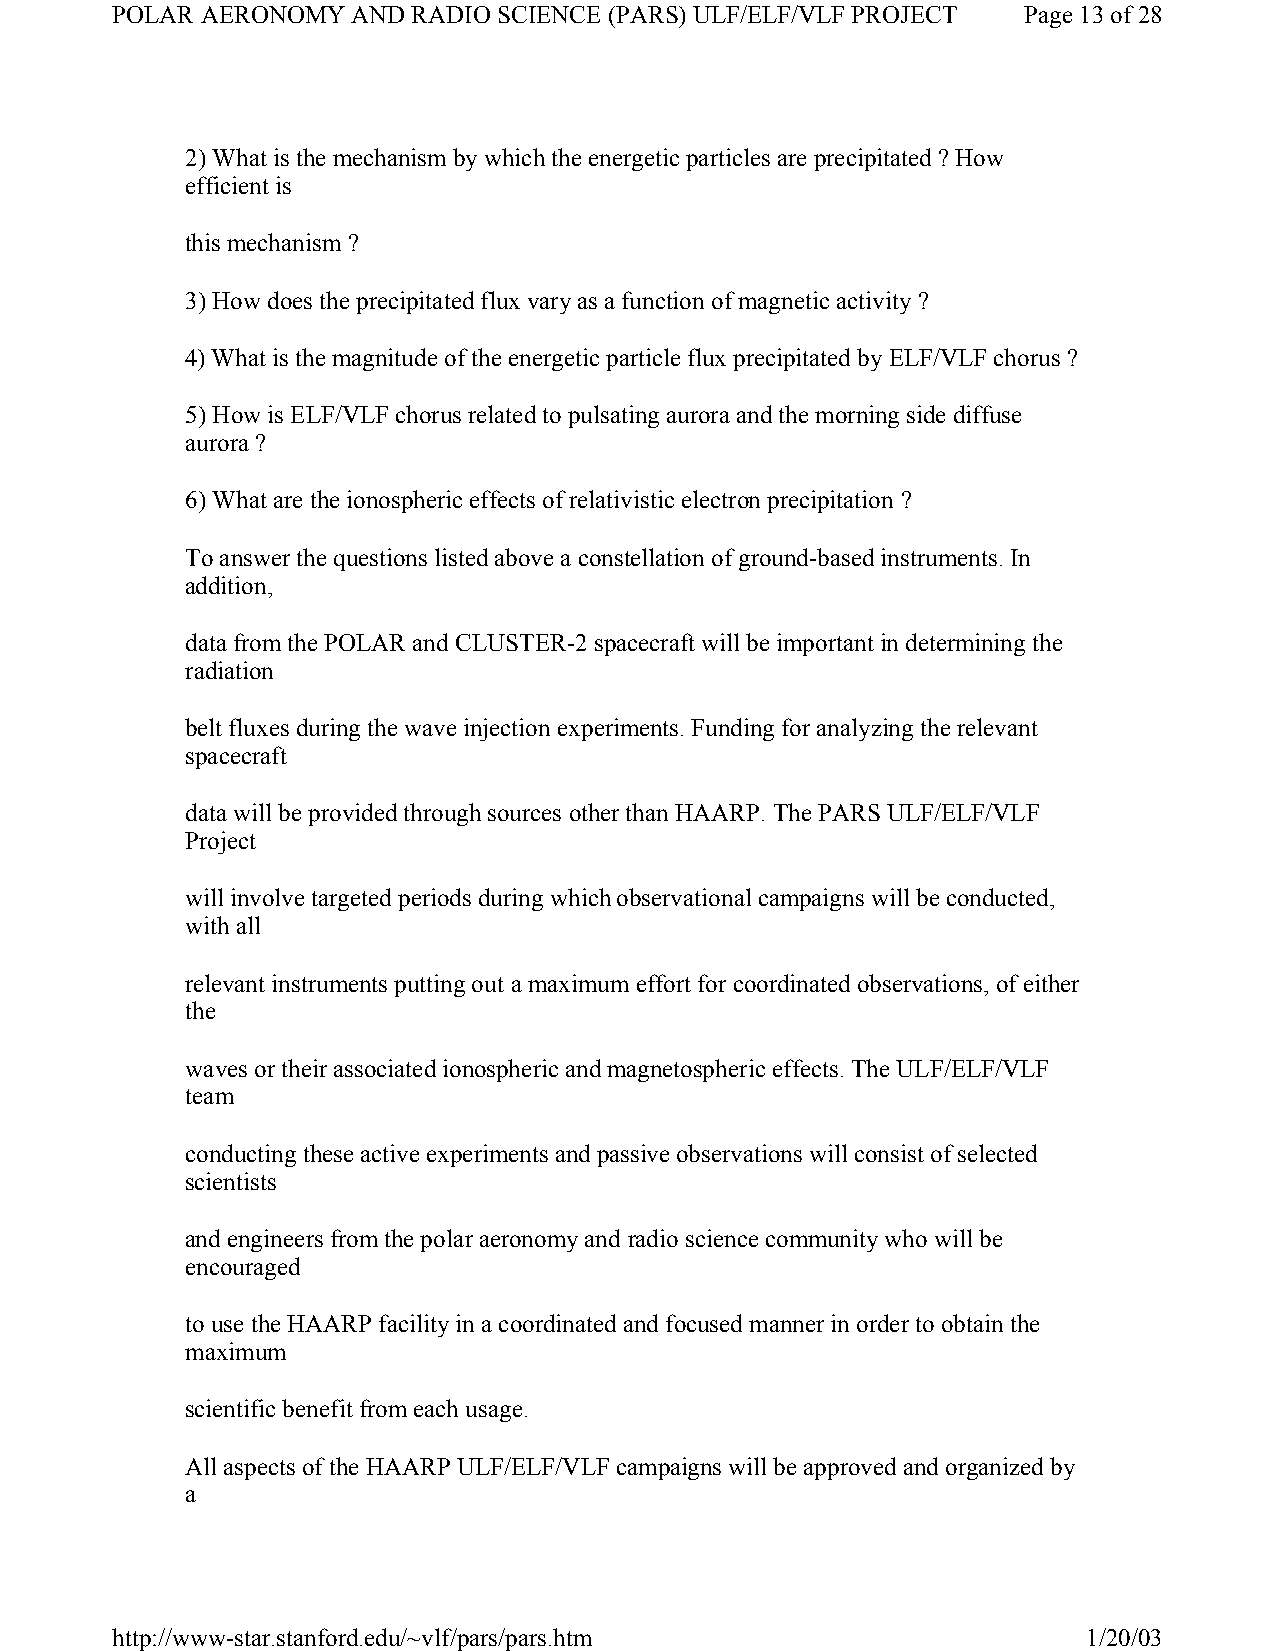
POLAR AERONOMY  AND RADIO SCIENCE (PARS) ULF/ELF/VLF PROJECT Page 13 of 28
 2) What is the mechanism by which the energetic particles are precipitated ? How
 efficient is
 this mechanism ?
 3) How does the precipitated flux vary as a function of magnetic activity ?
 4) What is the magnitude of the energetic particle flux precipitated by ELF/VLF chorus ?
 5) How is ELF/VLF chorus related to pulsating aurora and the morning side diffuse
 aurora ?
 6) What are the ionospheric effects of relativistic electron precipitation ?
 To answer the questions listed above a constellation of ground-based instruments. In
 addition,
 data from the POLAR and CLUSTER-2 spacecraft will be important in determining the
 radiation
 belt fluxes during the wave injection experiments. Funding for analyzing the relevant
 spacecraft
 data will be provided through sources other than HAARP. The PARS ULF/ELF/VLF
 Project
 will involve targeted periods during which observational campaigns will be conducted,
 with all
 relevant instruments putting out a maximum effort for coordinated observations, of either
 the
 waves or their associated ionospheric and magnetospheric effects. The ULF/ELF/VLF
 team
 conducting these active experiments and passive observations will consist of selected
 scientists
 and engineers from the polar aeronomy and radio science community who will be
 encouraged
 to use the HAARP facility in a coordinated and focused manner in order to obtain the
 maximum
 scientific benefit from each usage.
 All aspects of the HAARP ULF/ELF/VLF campaigns will be approved and organized by
 a
 http://www-star.stanford.edu/~vlf/pars/pars.htm                  1/20/03